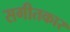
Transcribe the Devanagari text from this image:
सगीतकार